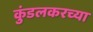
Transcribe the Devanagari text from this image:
कुंडलकरच्या